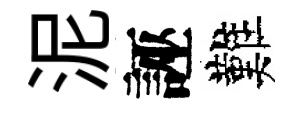
泥誣難